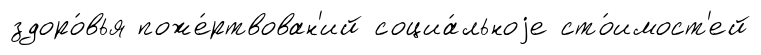
здоро́вья поже́ртвован'ий социа́льноjе сто́имост'ей